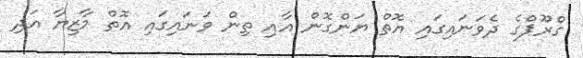
ގްރޫޕްގެ ދެވަނައިގައި އޮތް ޔަންގޮން އާއި ތިން ވަނައިގައި އޮތް މާޒިޔާ އަދި